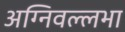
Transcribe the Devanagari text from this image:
अग्निवल्लभा